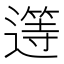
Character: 𲅷